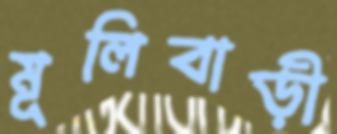
মূলিবাড়ী